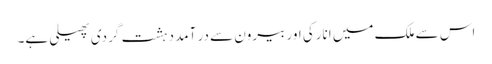
اس سے ملک میں انارکی اور بیرون سے در آمد دہشت گردی پھیلی ہے۔